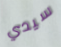
سيدي